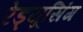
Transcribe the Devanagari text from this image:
रेड्यूसिंग